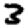
Digit: 3